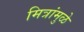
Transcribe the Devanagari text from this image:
मित्रांमुळे